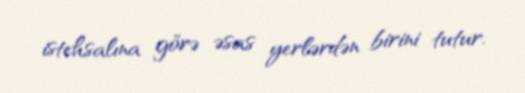
istehsalına görə əsas yerlərdən birini tutur.